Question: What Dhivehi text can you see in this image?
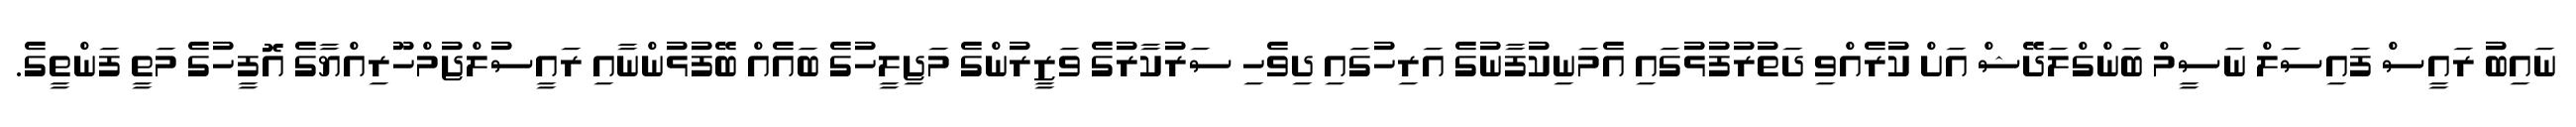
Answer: ނައިބު ރައީސް ފައިސަލް ނަސީމް ބަންގްލަދޭޝް އަށް ކުރެއްވި ދަތުރުފުޅުގައި އެމަނިކުފާނުގެ އަރިހުގައި ދިވެހި ސަރުކާރުގެ ވަޒީރުންގެ މަޖިލީހުގެ ބައެއް ބޭފުޅުންނާއި ރައީސުލްޖުމްހޫރިއްޔާގެ އޮފީހުގެ މަތީ ފަންތީގެ.